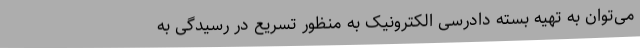
می‌توان به تهیه بسته دادرسی الکترونیک به منظور تسریع در رسیدگی به